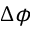
\Delta \phi